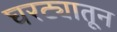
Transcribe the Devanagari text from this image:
घरट्यातून